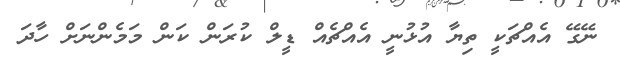
ނޭގޭ އެއްޗަކީ ތިޔާ އުޅުނީ އެއްޗެއް ޑީލް ކުރަން ކަން މަމެންނަށް ހާދަ